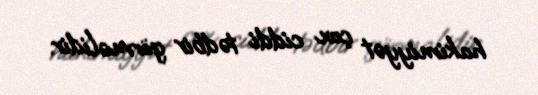
hakimiyyət çox ciddi tədbir görməlidir.